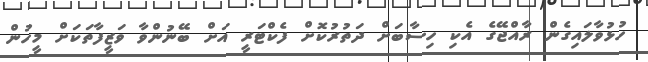
ހުޅުވާލައިގެން ރާއްޖޭގެ އެކި ހިސާބަށް ދަތުރުކޮށް ފެކްޓަރީ އަށް ބޭނުންވާ ވަޒީފާތަކަށް މީހުން